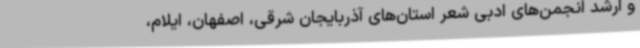
و ارشد انجمن‌های ادبی شعر استان‌های آذربایجان شرقی، اصفهان، ایلام،